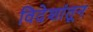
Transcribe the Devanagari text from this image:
विदेशांतून